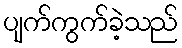
ပျက်ကွက်ခဲ့သည်